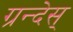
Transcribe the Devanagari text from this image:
ग्रन्देस्